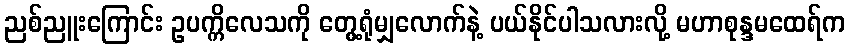
ညစ်ညူးကြောင်း ဥပက္ကိလေသကို တွေ့ရုံမျှလောက်နဲ့ ပယ်နိုင်ပါသလားလို့ မဟာစုန္ဒမထေရ်က